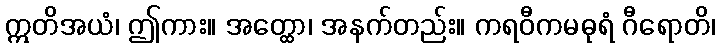
ဣတိအယံ၊ ဤကား။ အတ္ထော၊ အနက်တည်း။ ကရဝီကမဓုရံ ဂီရောတိ၊